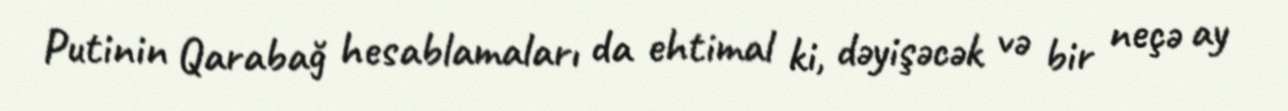
Putinin Qarabağ hesablamaları da ehtimal ki, dəyişəcək və bir neçə ay